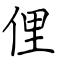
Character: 俚